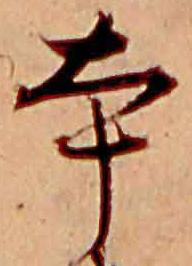
本